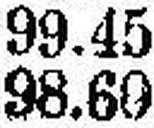
98.60